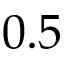
0 . 5